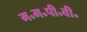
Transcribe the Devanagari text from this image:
म॰म॰पी॰वी॰